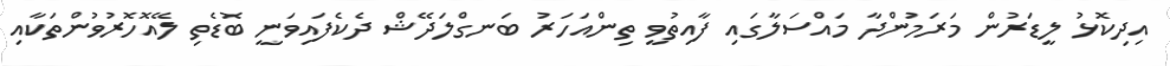
އިދިކޮޅު ލީޑަރުން މަރަމުންދާ މައްސަލާގައި ފާއިތުވީ ތިންއަހަރު ބަނގްލަދޭޝް ދެކެފައިވަނީ ބޮޑެތި ލޭއޮހޮރުވުންތަކާއި